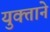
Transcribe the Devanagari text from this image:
युक्ताने